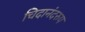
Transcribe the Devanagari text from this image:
चिदानंदरुप